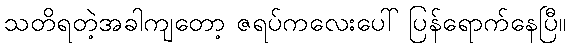
သတိရတဲ့အခါကျတော့ ဇရပ်ကလေးပေါ် ပြန်ရောက်နေပြီ။